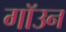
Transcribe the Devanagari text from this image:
गॉउन